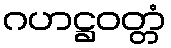
ဂဟဋ္ဌဝတ္တံ